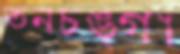
তনচঙ্গা